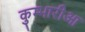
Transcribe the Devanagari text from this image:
कुम्भारीआ